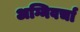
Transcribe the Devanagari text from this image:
अग्निवर्चा